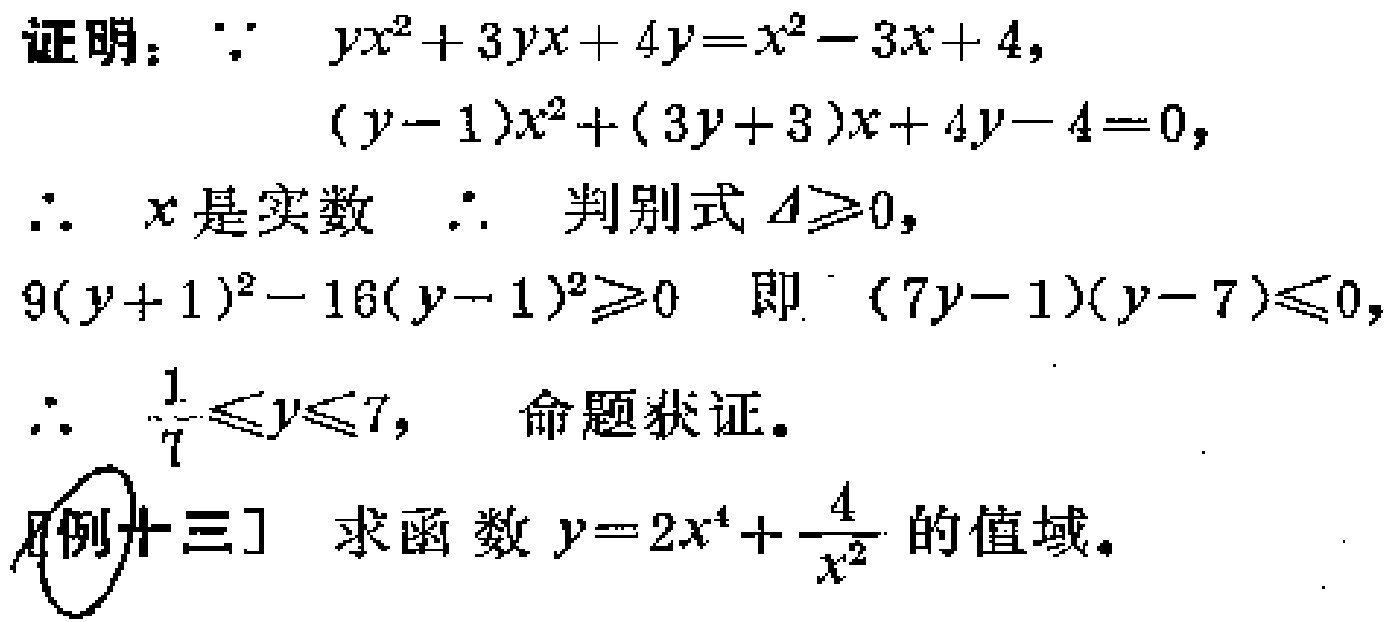
证明：\(\because yx^{2}+3yx + 4y=x^{2}-3x + 4\)，
\((y - 1)x^{2}+(3y + 3)x + 4y-4 = 0\)，
\(\therefore x\)是实数 \(\therefore\) 判别式 \(\Delta\geq0\)，
\(9(y + 1)^{2}-16(y - 1)^{2}\geq0\) 即 \((7y - 1)(y - 7)\leq0\)，
\(\therefore \frac{1}{7}\leq y\leq7\)， 命题获证。

[例十三] 求函数 \(y = 2x^{4}+\frac{4}{x^{2}}\) 的值域。